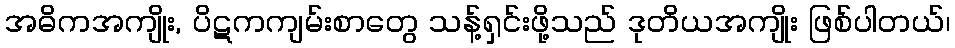
အဓိကအကျိုး, ပိဋကကျမ်းစာတွေ သန့်ရှင်းဖို့သည် ဒုတိယအကျိုး ဖြစ်ပါတယ်၊